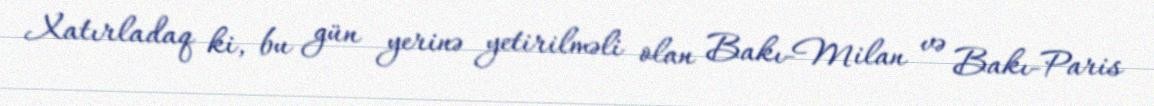
Xatırladaq ki, bu gün yerinə yetirilməli olan Bakı-Milan və Bakı-Paris